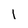
Character: 1